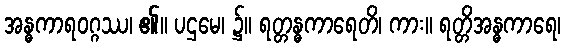
အန္ဓကာရဝဂ္ဂဿ၊ ၏။ ပဌမေ၊ ၌။ ရတ္တန္ဓကာရေတိ၊ ကား။ ရတ္တိအန္ဓကာရေ၊